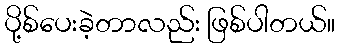
ပို့စ်ပေးခဲ့တာလည်း ဖြစ်ပါတယ်။